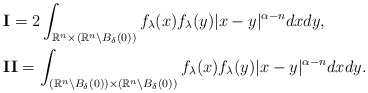
\begin{align*} &\textbf{I}=2\int_{\mathbb{R}^n\times(\mathbb{R}^n\backslash B_\delta(0))}f_\lambda(x)f_\lambda(y)|x-y|^{\alpha-n}dxdy,\\ &\textbf{II}=\int_{(\mathbb{R}^n\backslash B_\delta(0))\times(\mathbb{R}^n\backslash B_\delta(0))}f_\lambda(x)f_\lambda(y)|x-y|^{\alpha-n}dxdy.\end{align*}